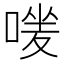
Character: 𠹐